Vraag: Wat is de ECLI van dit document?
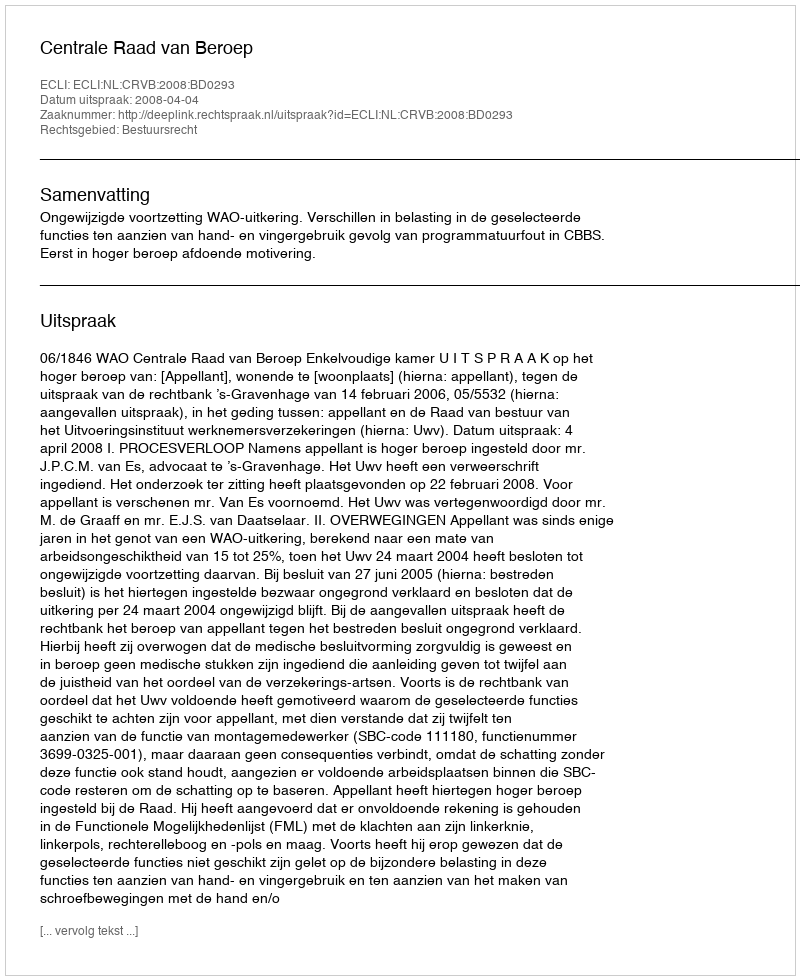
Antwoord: ECLI:NL:CRVB:2008:BD0293